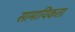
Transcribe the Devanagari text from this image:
सामायिकता